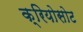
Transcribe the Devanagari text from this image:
क्रियोसोट